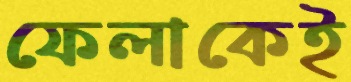
ফেলাকেই